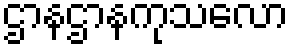
ဌာနဌာနကုသလော